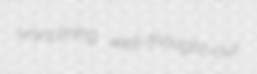
uninclining well-thought-out